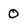
Character: 0